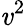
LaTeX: \mathit{v}^{2}